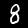
Digit: 8